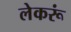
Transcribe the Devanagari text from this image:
लेकरूं